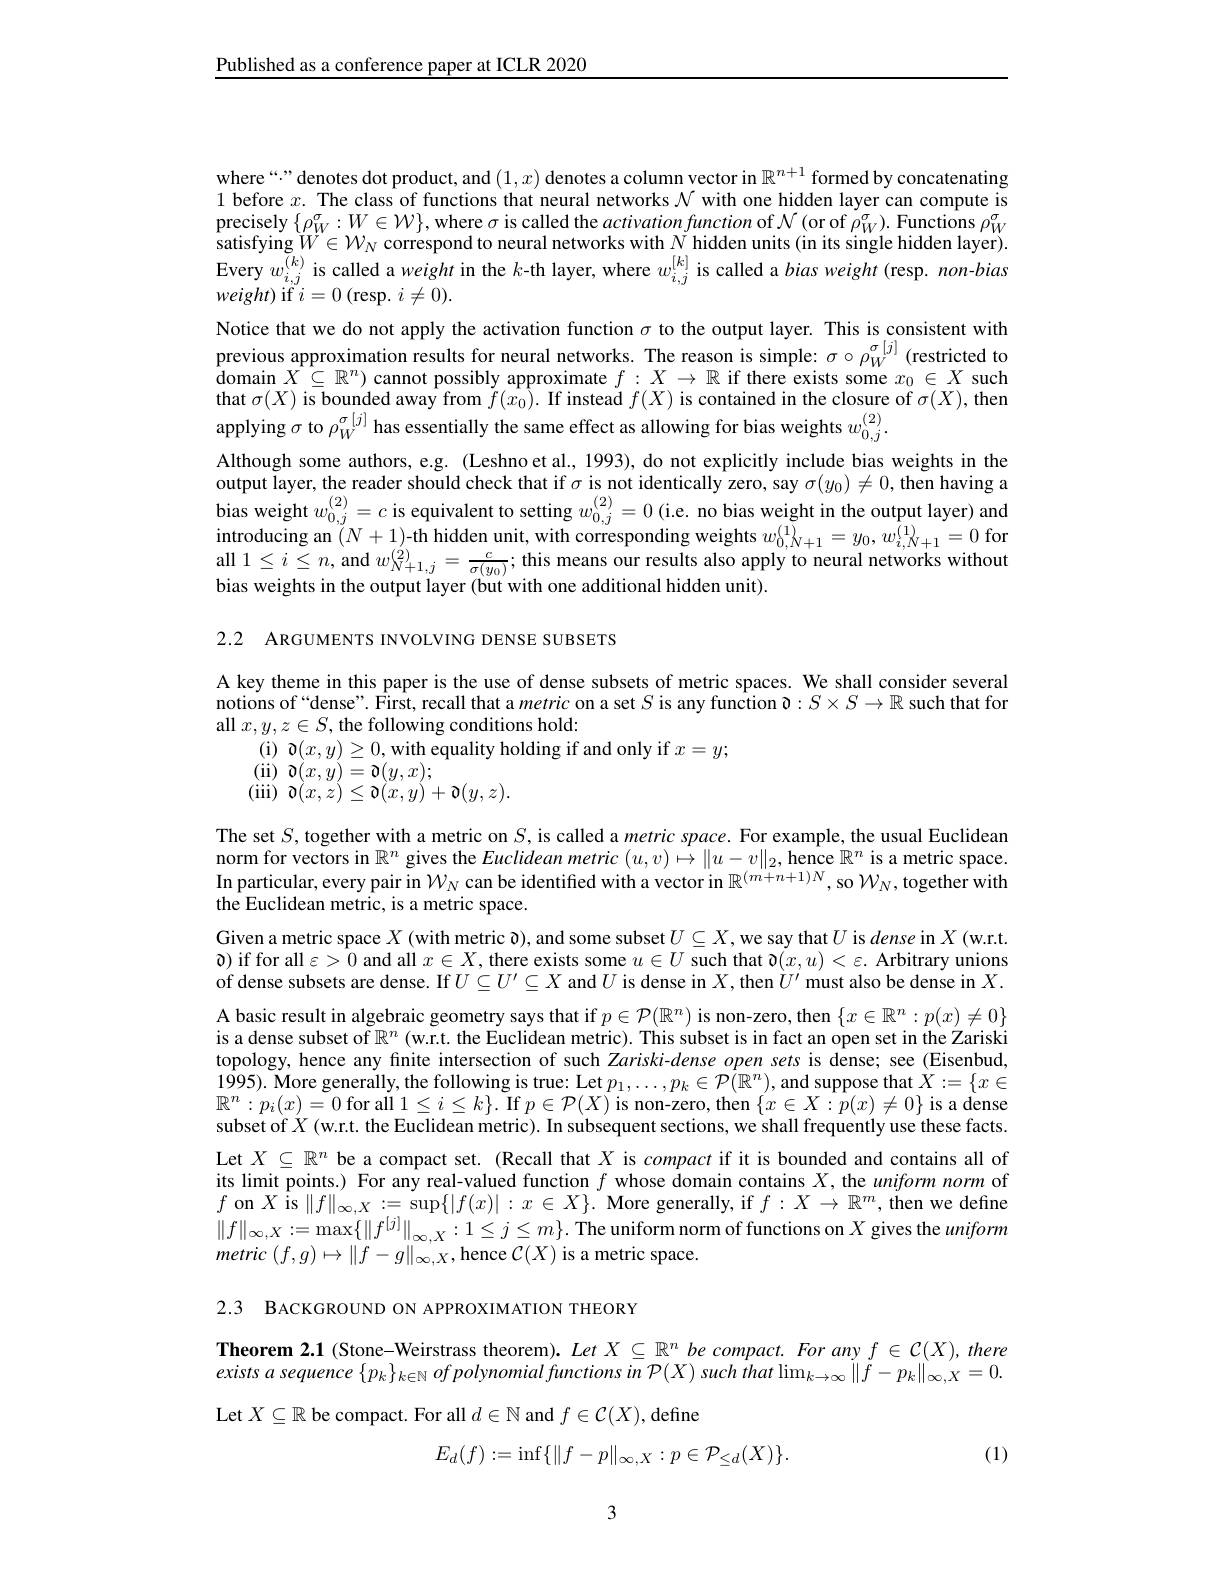
Published as a conference paper at ICLR 2020

where“” denotes dot product, and $(1,x)$ denotes a column vector in $\mathbb{R}^n+1$ formed by concatenating 1 before $x.$ The class of functions that neural networks $\mathcal{N}$ with one hidden layer can compute is precisely $\{\rho_{W}^{\sigma}:W\in\mathcal{W}\}$,where $\sigma$ is called the activationfunction of $\mathcal{N}($or of $\tilde{\rho}_{W}^{\sigma}).$ Functions $\rho_{W}^{\sigma}$ satisfying$W\in\mathcal{W}_N$ correspond to neural networks with $N_{[0]}^{\mathrm{~}}$hidden units (in its single hidden layer). Every $w_i,j^{(k)}$ is called a weight in the $k$-th layer, where $w_i,j^{[k]}$ is called a bias weight (resp. non-bias $weight)$ if $i=0$ (resp. $i\neq0).$
Notice that we do not apply the activation function $\sigma$ to the output layer. This is consistent with previous approximation results for neural networks. The reason is simple: $\sigma\circ\rho_W^{\sigma[j]}$ (restricted to domain $X\subseteq \mathbb{R} ^n)$ cannot possibly approximate $f: X\to \mathbb{R}$ if there exists some $x_0\in X$ such that $\sigma(X)$ is bounded away from $\tilde{f} ( x_0) . \textbf{ If instead }f( X)$ is contained in the closure of $\sigma(X)$, then applying $\sigma$ to $\rho_W^{\sigma[j]}$ has essentially the same effect as allowing for bias weights $w_0,j^{(2)}.$
Although some authors, e.g. (Leshno et al., 1993), do not explicitly include bias weights in the output layer, the reader should check that if $\sigma$ is not identically zero, say $\sigma(y_0)\neq0$, then having a bias weight $w_0,j^{(2)}=c$ is equivalent to setting $w_0,j^{(2)}=0$ (i.e. no bias weight in the output layer) and $\begin{aligned}\text{introducing an }(N+1)\text{-th hidden unit, with corresponding weights }w_{0,N+1}^{(1)}=y_{0},w_{i,N+1}^{(1)}=0\mathrm{~for}\end{aligned}$ all $1\leq i\leq n$, and $w_{N+1,j}^{(2)}=\frac{c}{\sigma(y_{0})};$ this means our results also apply to neural networks without bias weights in the output layer (but with one additional hidden unit).

2.2 ARGUMENTS INVOLVING DENSE SUBSETS

A key theme in this paper is the use of dense subsets of metric spaces. We shall consider several notions of“dense”. First, recall that a metric on a set $S$ is any function $\partial:S\times S\to\mathbb{R}$ such that for all $x,y,z\in S$, the following conditions hold:
(i) $\partial(x,y)\geq0$,with equality holding if and only if $x=y;$
$\begin{array}{c}{(\mathrm{ii)}}&{\partial(x,y)=\partial(y,x);}\\{(\mathrm{iin})}&{\partial(x,y)=\partial(y,x);}\\{\partial(x,y)<\partial(x,y)}\end{array}$
(iii)$\otimes(x,z)\leq\otimes(x,y)+\otimes(y,z).$

The set $S$, together with a metric on $S$, is called a metric space. For example, the usual Euclidean norm for vectors in $\mathbb{R}^n$ gives the Euclidean metric $( u, v) \mapsto \| u- v\| _2$,hence $\mathbb{R} ^n$ is a metric space. In particular, every pair in $\mathcal{W}_N$ can be identified with a vector in $\mathbb{R}^(m+n+1)N$, so $\mathcal{W}_N$,together with the Euclidean metric, is a metric space.
Given a metric space $X$ (with metric $o)$, and some subset $U\subseteq X$, we say that $U$ is dense in $X$ (w.r.t. $\textcircled{1}$ if for all $\varepsilon>0$ and all $x\in X$, there exists some $u\in U$ such that $\eth(x,u)<\varepsilon.$ Arbitrary unions of dense subsets are dense. If $U\subseteq U^{\prime}\subseteq X$ and $U$ is dense in $X$,then $\vec{U}^{\prime}$ must also be dense in $X.$ A basic result in algebraic geometry says that if $p\in\mathcal{P}(\mathbb{R}^n)$ is non-zero, then $\{x\in\mathbb{R}^n:p(x)\neq0\}$ is a dense subset of $\mathbb{R}^n$ (w.r.t. the Euclidean metric). This subset is in fact an open set in the Zariski topology, hence any finite intersection of such Zariski-dense open sets is dense; see (Eisenbud, 1995). More generally, the following is true: Let $p_1,\ldots,p_k\in\mathcal{P}(\mathbb{R}^n)$, and suppose that $X:=\{x\in$ $\mathbb{R}^{n}:p_{i}(x)=0$ for all $1\leq i\leq k\}.$ If $p\in\mathcal{P}(X)$ is non-zero, then $\{x\in X:p(x)\neq0\}$ is a dense subset of $X$ (w.r.t. the Euclidean metric). In subsequent sections, we shall frequently use these facts. Let $X\subseteq\mathbb{R}^n$ be a compact set. (Recall that $X$ is compact if it is bounded and contains all of its limit points.) For any real-valued function $f$ whose domain contains $X$, the uniform norm of $f$ on $X\text{\^ {i}s}\| f\| _\infty , X: = \sup \{ | f( x) | : x\in X\} .$ More generally, if $f:X\to\mathbb{R}^m$, then we define $\|f\|_{\infty,X}:=\max\{\|f^{[j]}\|_{\infty,X}:1\leq j\leq m\}.$The uniform norm of functions on $X$ gives the uniform metric $( f, g) \mapsto \| f- g\| _{\infty , X}$,hence $\mathcal C(X)$ is a metric space.

2.3 BACKGROUND ON APPROXIMATION THEORY

Theorem 2.1 (Stone-Weirstrass theorem). $LetX\subseteq\mathbb{R}^n$ be compact. For any $f\in\mathcal{C}(X),there$ exists a sequence $\{ p_k\} _{k\in \mathbb{N} }\textit{of polynomial functions in P}( X) \textit{ such that }\lim _{k\to \infty }\| f- p_k\| _{\infty , X}= 0.$ Let $X\subseteq\mathbb{R}$ be compact. For all $d\in\mathbb{N}$ and $f\in\mathcal{C}(X)$, define
$$E_d(f):=\inf\{\|f-p\|_{\infty,X}:p\in\mathcal{P}_{\le d}(X)\}.$$
(1)

3